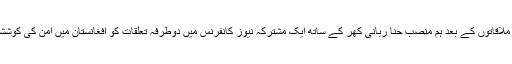
ہلری کلنٹن نے جمعہ کو اسلام آباد میں پاکستانی قائدین سے ملاقاتوں کے بعد ہم منصب حنا ربانی کھر کے ساتھ ایک مشترکہ نیوز کانفرنس میں دوطرفہ تعلقات کو افغانستان میں امن کی کوششوں اور خطے کے استحکام کے لیے انتہائی اہم قرار دیا تھا۔